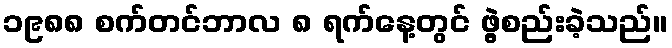
၁၉၈၈ စက်တင်ဘာလ ၈ ရက်နေ့တွင် ဖွဲ့စည်းခဲ့သည်။